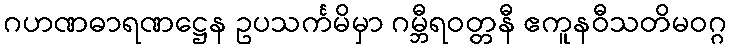
ဂဟဏဓာရဏဋ္ဌေန ဥပသင်္ကမိမှာ ဂမ္ဘီရဝတ္တနီ ဧကူနဝီသတိမဝဂ္ဂ